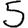
Digit: 5